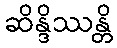
ဆိန္ဒိဿန္တိ